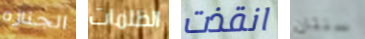
الجنازه الظلمات انقذت سنتان